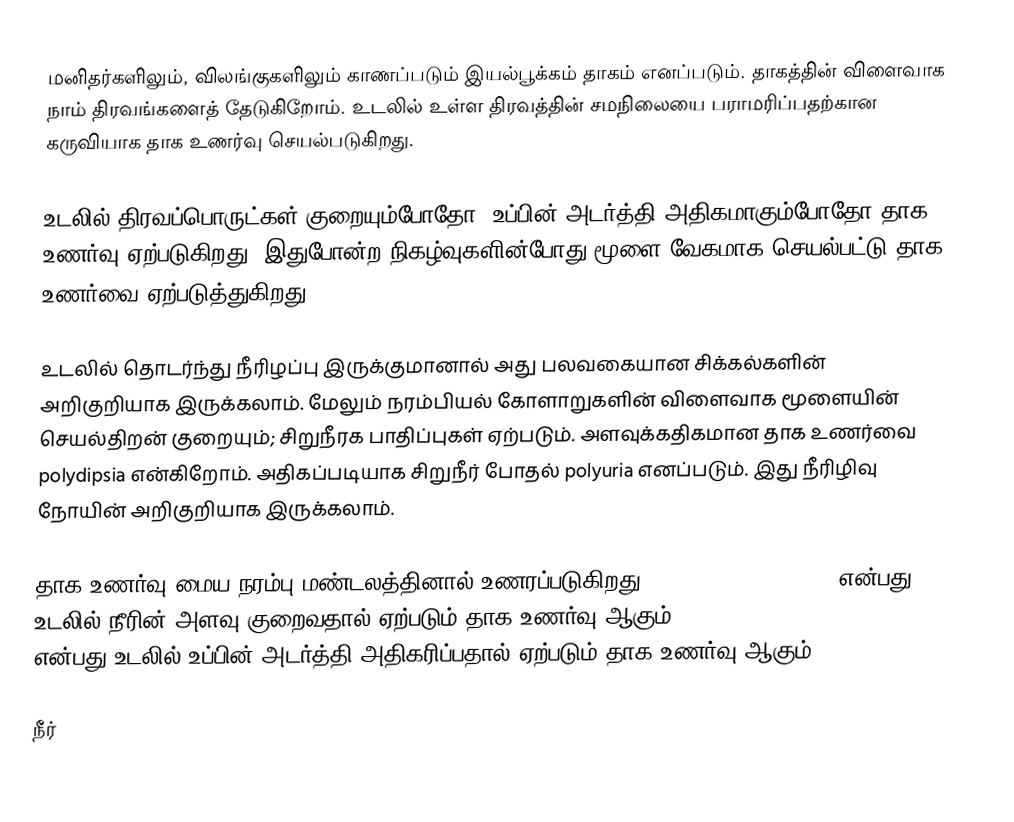
மனிதர்களிலும், விலங்குகளிலும் காணப்படும் இயல்பூக்கம் தாகம் எனப்படும். தாகத்தின் விளைவாக நாம் திரவங்களைத் தேடுகிறோம். உடலில் உள்ள திரவத்தின் சமநிலையை பராமரிப்பதற்கான கருவியாக தாக உணர்வு செயல்படுகிறது.

உடலில் திரவப்பொருட்கள் குறையும்போதோ, உப்பின் அடர்த்தி அதிகமாகும்போதோ தாக உணர்வு ஏற்படுகிறது. இதுபோன்ற நிகழ்வுகளின்போது மூளை வேகமாக செயல்பட்டு தாக உணர்வை ஏற்படுத்துகிறது.

உடலில் தொடர்ந்து நீரிழப்பு இருக்குமானால் அது பலவகையான சிக்கல்களின் அறிகுறியாக இருக்கலாம். மேலும் நரம்பியல் கோளாறுகளின் விளைவாக மூளையின் செயல்திறன் குறையும்; சிறுநீரக பாதிப்புகள் ஏற்படும். அளவுக்கதிகமான தாக உணர்வை polydipsia என்கிறோம். அதிகப்படியாக சிறுநீர் போதல் polyuria எனப்படும். இது நீரிழிவு நோயின் அறிகுறியாக இருக்கலாம்.

தாக உணர்வு மைய நரம்பு மண்டலத்தினால் உணரப்படுகிறது. extracellular thirst என்பது உடலில் நீரின் அளவு குறைவதால் ஏற்படும் தாக உணர்வு ஆகும். intracellular thirst என்பது உடலில் உப்பின் அடர்த்தி அதிகரிப்பதால் ஏற்படும் தாக உணர்வு ஆகும்.

நீர்